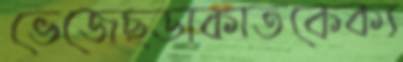
ভেজেছডাকাতকেক্য